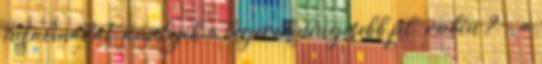
jutalmakat, amelyik a legeredményesebb pl. rubin ?, - a